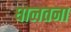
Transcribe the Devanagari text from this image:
घालतना